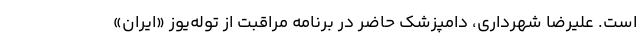
است. علیرضا شهرداری، دامپزشک حاضر در برنامه مراقبت از توله‌یوز «ایران»